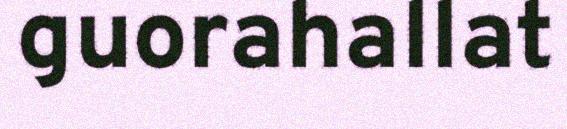
guorahallat